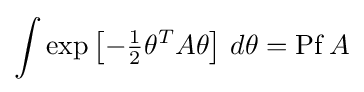
\int \exp \left[-{\tfrac {1}{2}}\theta ^{T}A\theta \right]\,d\theta =\mathrm {Pf} \,A